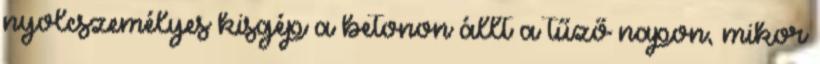
nyolcszemélyes kisgép a betonon állt a tűző napon, mikor